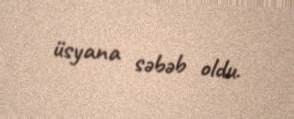
üsyana səbəb oldu.